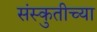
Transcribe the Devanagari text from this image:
संस्कुतीच्या